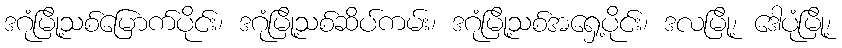
ဒဂုံမြို့သစ်မြောက်ပိုင်း၊ ဒဂုံမြို့သစ်ဆိပ်ကမ်း၊ ဒဂုံမြို့သစ်အရှေ့ပိုင်း၊ ဒလမြို့၊ ဒေါပုံမြို့၊